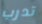
تدرب